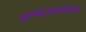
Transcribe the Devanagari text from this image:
अभ्यासाकांचा